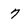
Character: 7